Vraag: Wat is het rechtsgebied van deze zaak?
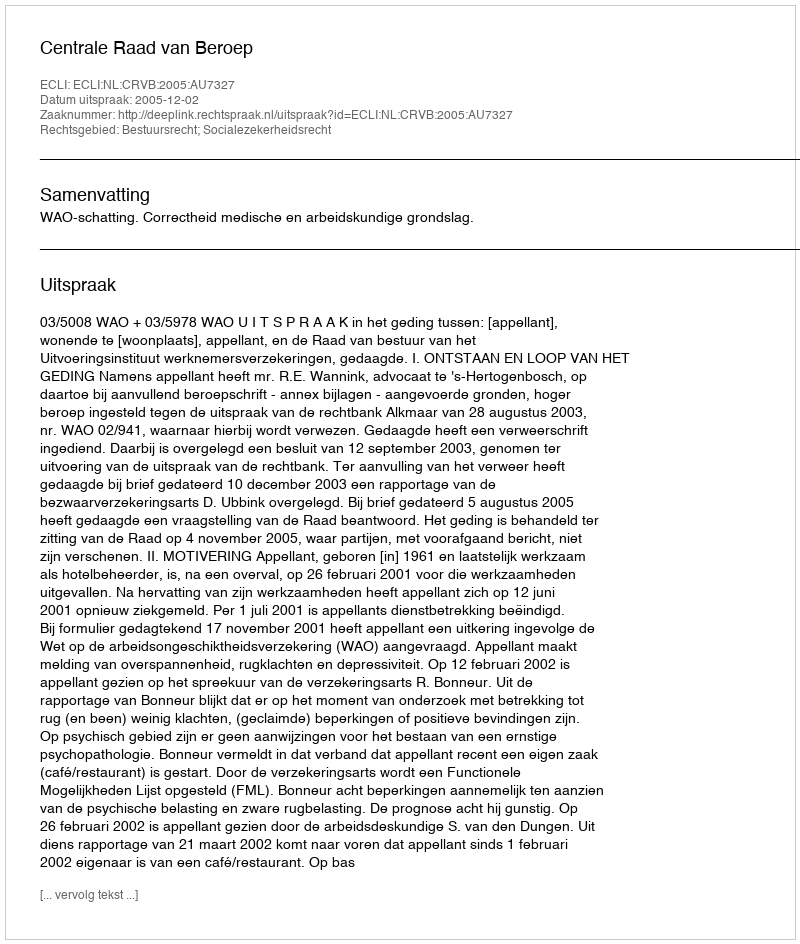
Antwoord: Bestuursrecht; Socialezekerheidsrecht